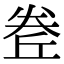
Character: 𡙅